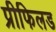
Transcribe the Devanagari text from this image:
प्रीफिलड